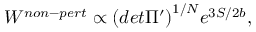
W ^ { n o n - p e r t } \propto { ( d e t \Pi ^ { \prime } ) } ^ { 1 / N } e ^ { 3 S / 2 b } ,